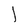
Character: l